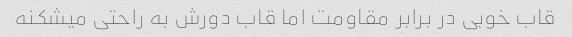
قاب خوبی در برابر مقاومت اما قاب دورش به راحتی میشکنه